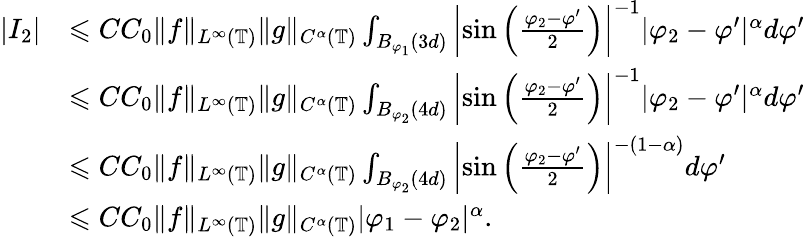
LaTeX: \begin{array}{rl}{|I_{2}|}&{\leqslant CC_{0}\| f\| _{L^{\infty}(\mathbb{T})}\| g\| _{C^{\alpha}(\mathbb{T})}\int_{B_{\varphi_{1}}(3d)}\left|\sin\left(\frac{\varphi_{2}-\varphi^{\prime}}{2}\right)\right|^{-1}|\varphi_{2}-\varphi^{\prime}|^{\alpha}d\varphi^{\prime}}\\ &{\leqslant CC_{0}\| f\| _{L^{\infty}(\mathbb{T})}\| g\| _{C^{\alpha}(\mathbb{T})}\int_{B_{\varphi_{2}}(4d)}\left|\sin\left(\frac{\varphi_{2}-\varphi^{\prime}}{2}\right)\right|^{-1}|\varphi_{2}-\varphi^{\prime}|^{\alpha}d\varphi^{\prime}}\\ &{\leqslant CC_{0}\| f\| _{L^{\infty}(\mathbb{T})}\| g\| _{C^{\alpha}(\mathbb{T})}\int_{B_{\varphi_{2}}(4d)}\left|\sin\left(\frac{\varphi_{2}-\varphi^{\prime}}{2}\right)\right|^{-(1-\alpha)}d\varphi^{\prime}}\\ &{\leqslant CC_{0}\| f\| _{L^{\infty}(\mathbb{T})}\| g\| _{C^{\alpha}(\mathbb{T})}|\varphi_{1}-\varphi_{2}|^{\alpha}.}\end{array}